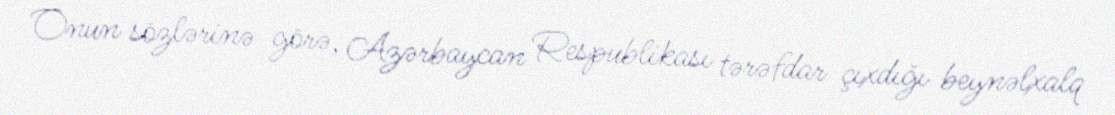
Onun sözlərinə görə, Azərbaycan Respublikası tərəfdar çıxdığı beynəlxalq